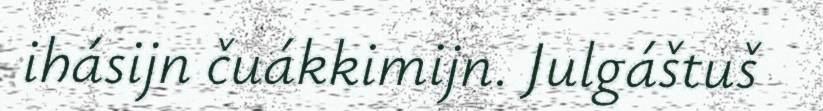
ihásijn čuákkimijn. Julgáštuš